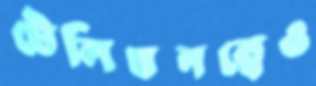
টেলিঘনত্বেও